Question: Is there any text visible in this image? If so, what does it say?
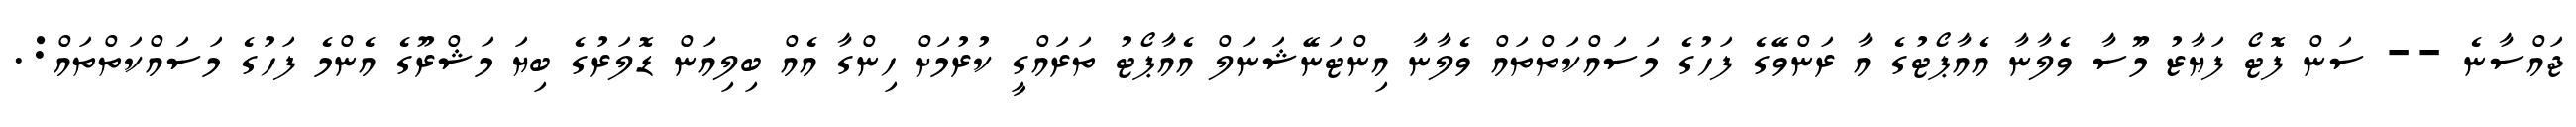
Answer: ޖައްސާނެ -- ސަން ފޮޓޯ ފަޔާޒު މޫސާ ވެލާނާ އެއާޕޯޓުގެ އާ ރަންވޭގެ ފަހުގެ މަސައްކަތްތައް ވެލާނާ އިންޓަނޭޝަނަލް އެއާޕޯޓު ތަރައްގީ ކުރުމަށް ހިންގާ އެއް ބިލިއަން ޑޮލަރުގެ ބިޔަ މަޝްރޫގެ އެންމެ ފަހުގެ މަސައްކަތްތައް:.